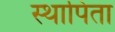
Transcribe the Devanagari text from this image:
स्थापिता